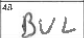
Transcription: BUL